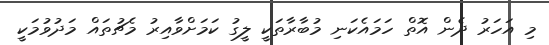
މި އަހަރު ދެން އޮތް ހަމައެކަނި މުބާރާތަކީ ލީގު ކަމަށްވާއިރު މެޗުތައް މަދުވުމަކީ